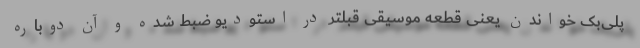
پلی‌بک خواندن یعنی قطعه موسیقی قبلتر در استودیو ضبط شده و آن دوباره